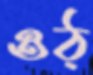
ওঠ্‌